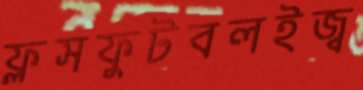
ফ্লসফুটবলইজ্ব